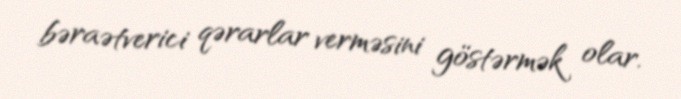
bəraətverici qərarlar verməsini göstərmək olar.